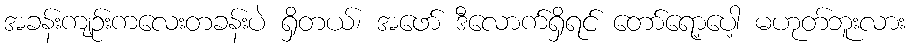
အခန်းကျဉ်းကလေးတခန်းပဲ ရှိတယ်၊ အဖော် ဒီလောက်ရှိရင် တော်ရော့ပေါ့ မဟုတ်ဘူးလား